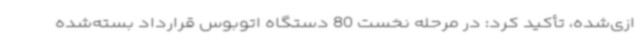
ازی‌شده، تأکید کرد: در مرحله نخست 80 دستگاه اتوبوس قرارداد بسته‌شده